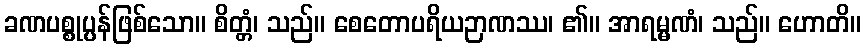
ခဏပစ္စုပ္ပန်ဖြစ်သော။ စိတ္တံ၊ သည်။ စေတောပရိယဉာဏဿ၊ ၏။ အာရမ္မဏံ၊ သည်။ ဟောတိ။